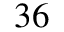
3 6